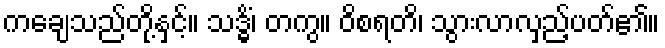
ကချေသည်တို့နှင့်။ သဒ္ဓိံ၊ တကွ။ ဝိစရတိ၊ သွားလာလှည့်ပတ်၏။